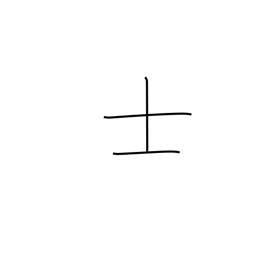
Meaning: gentleman